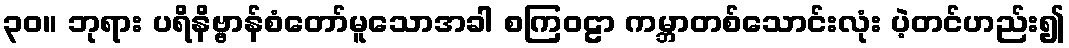
၃၀။ ဘုရား ပရိနိဗ္ဗာန်စံတော်မူသောအခါ စကြဝဠာ ကမ္ဘာတစ်သောင်းလုံး ပဲ့တင်ဟည်း၍